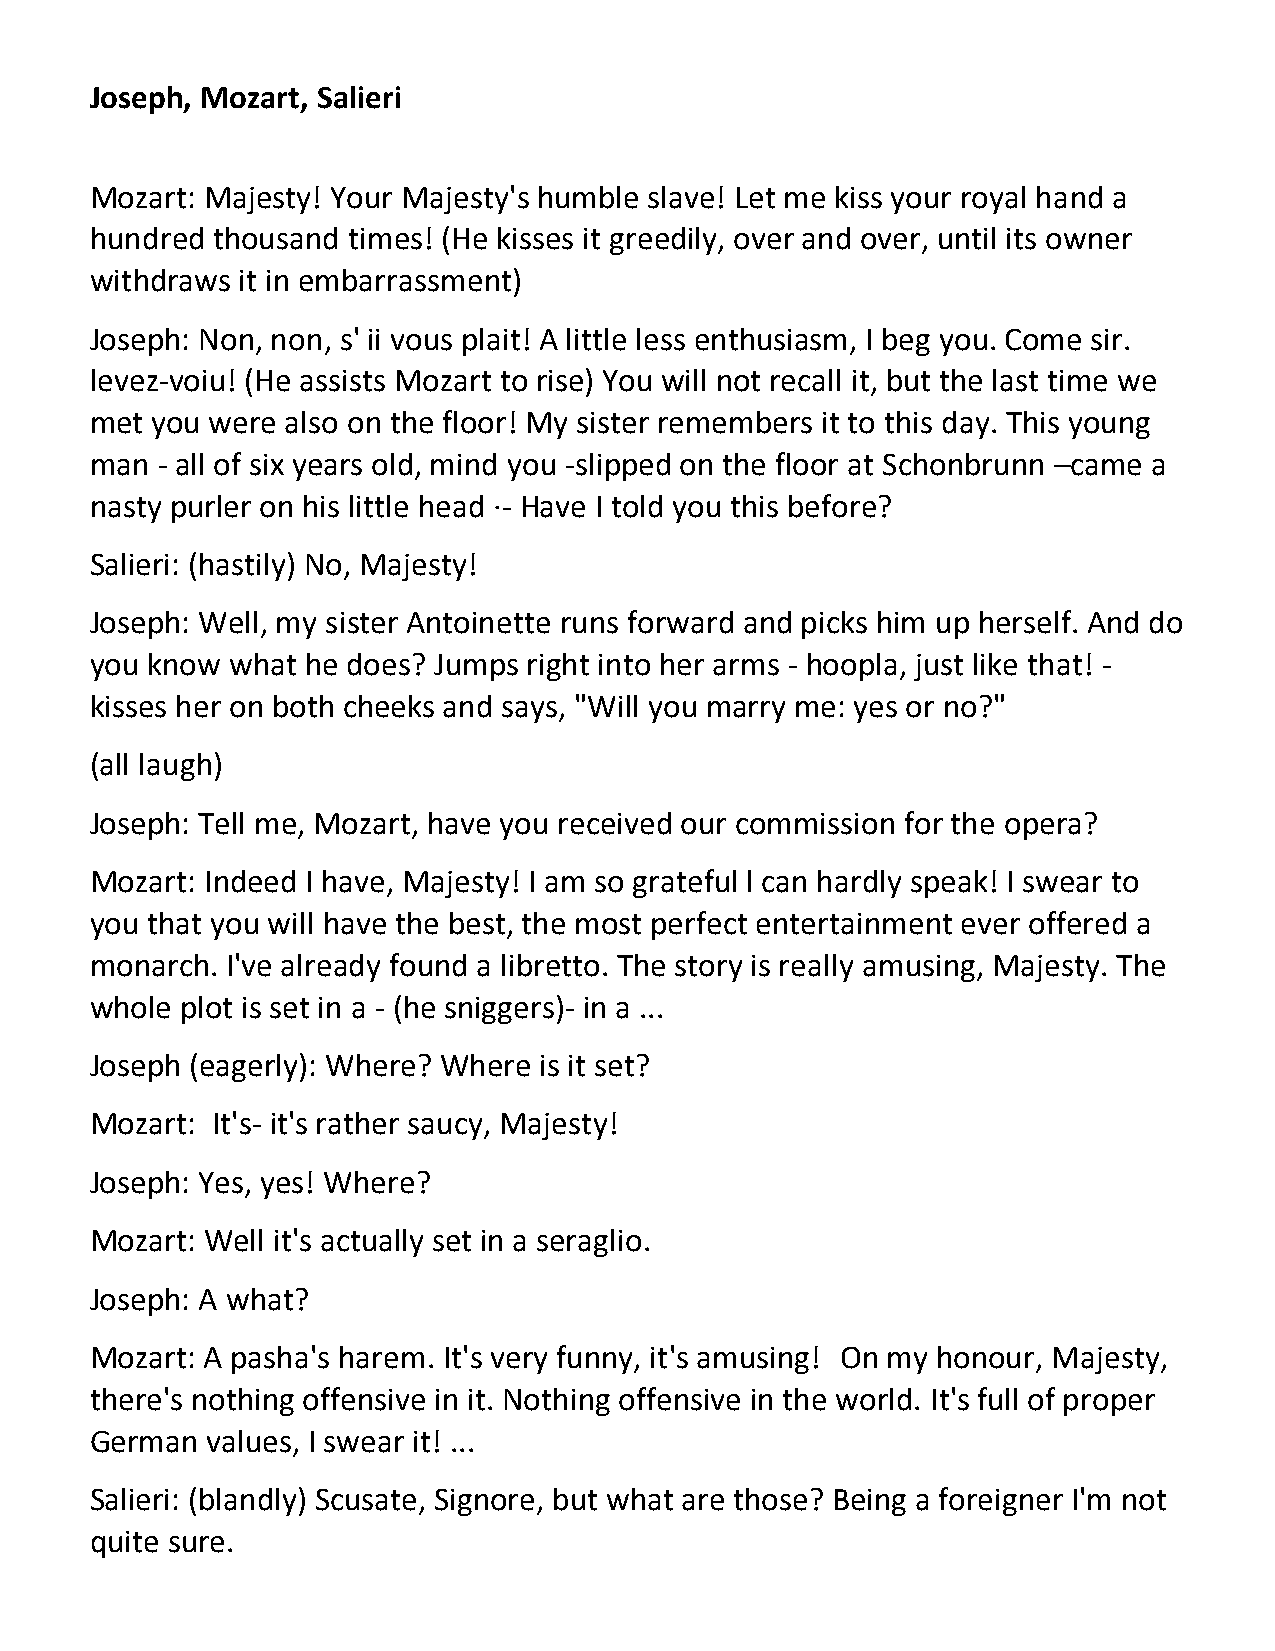
Joseph, Mozart, Salieri
 Mozart: Majesty! Your Majesty's humble slave! Let me kiss your royal hand a
 hundred thousand times! (He kisses it greedily, over and over, until its owner
 withdraws it in embarrassment)
 Joseph: Non, non, s' ii vous plait! A little less enthusiasm, I beg you. Come sir.
 levez-voiu! (He assists Mozart to rise) You will not recall it, but the last time we
 met you were also on the floor! My sister remembers it to this day. This young
 man - all of six years old, mind you -slipped on the floor at Schonbrunn –came a
 nasty purler on his little head ·- Have I told you this before?
 Salieri: (hastily) No, Majesty!
 Joseph: Well, my sister Antoinette runs forward and picks him up herself. And do
 you know what he does? Jumps right into her arms - hoopla, just like that! -
 kisses her on both cheeks and says, "Will you marry me: yes or no?"
 (all laugh)
 Joseph: Tell me, Mozart, have you received our commission for the opera?
 Mozart: Indeed I have, Majesty! I am so grateful l can hardly speak! I swear to
 you that you will have the best, the most perfect entertainment ever offered a
 monarch. I've already found a libretto. The story is really amusing, Majesty. The
 whole plot is set in a - (he sniggers)- in a ...
 Joseph (eagerly): Where? Where is it set?
 Mozart: It's- it's rather saucy, Majesty!
 Joseph: Yes, yes! Where?
 Mozart: Well it's actually set in a seraglio.
 Joseph: A what?
 Mozart: A pasha's harem. It's very funny, it's amusing! On my honour, Majesty,
 there's nothing offensive in it. Nothing offensive in the world. It's full of proper
 German  values, I swear it! ...
 Salieri: (blandly) Scusate, Signore, but what are those? Being a foreigner I'm not
 quite sure.